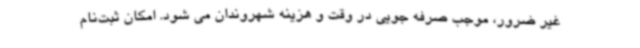
غیر ضرور، موجب صرفه جویی در وقت و هزینه شهروندان می شود. امکان ثبت‌نام